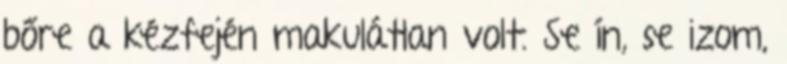
bőre a kézfején makulátlan volt. Se ín, se izom,